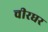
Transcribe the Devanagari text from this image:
चीरघर